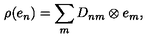
\rho ( e _ { n } ) = \sum _ { m } D _ { n m } \otimes e _ { m } ,